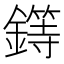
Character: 𨬻